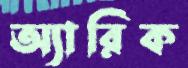
অ্যারিক